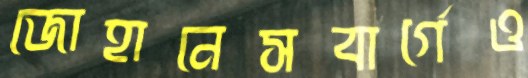
জোহানেসবার্গেও